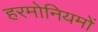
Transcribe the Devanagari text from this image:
हरमोनियमों